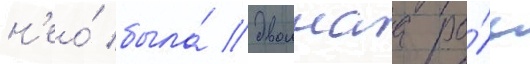
н'ео́ была́ двоинаа ро́ль